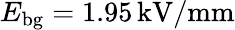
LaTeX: E_{\mathrm{{bg}}}=1.95\, \mathrm{kV/mm}